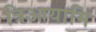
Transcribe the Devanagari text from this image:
त्रिआयामि